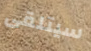
سيتلقى